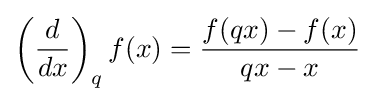
\left({\frac {d}{dx}}\right)_{q}f(x)={\frac {f(qx)-f(x)}{qx-x}}